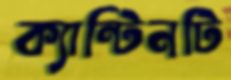
ক্যান্টিনটি